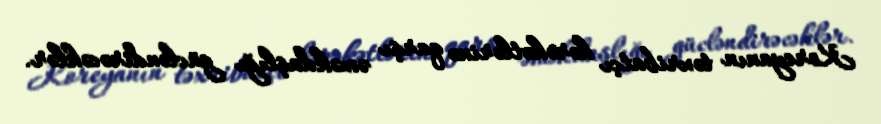
Koreyanın təxribatçı hərəkətlərinə qarşı əməkdaşlığı gücləndirəcəklər.